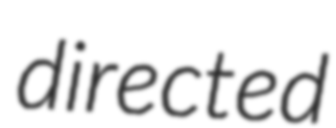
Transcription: directed